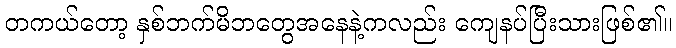
တကယ်တော့ နှစ်ဘက်မိဘတွေအနေနဲ့ကလည်း ကျေနပ်ပြီးသားဖြစ်၏။